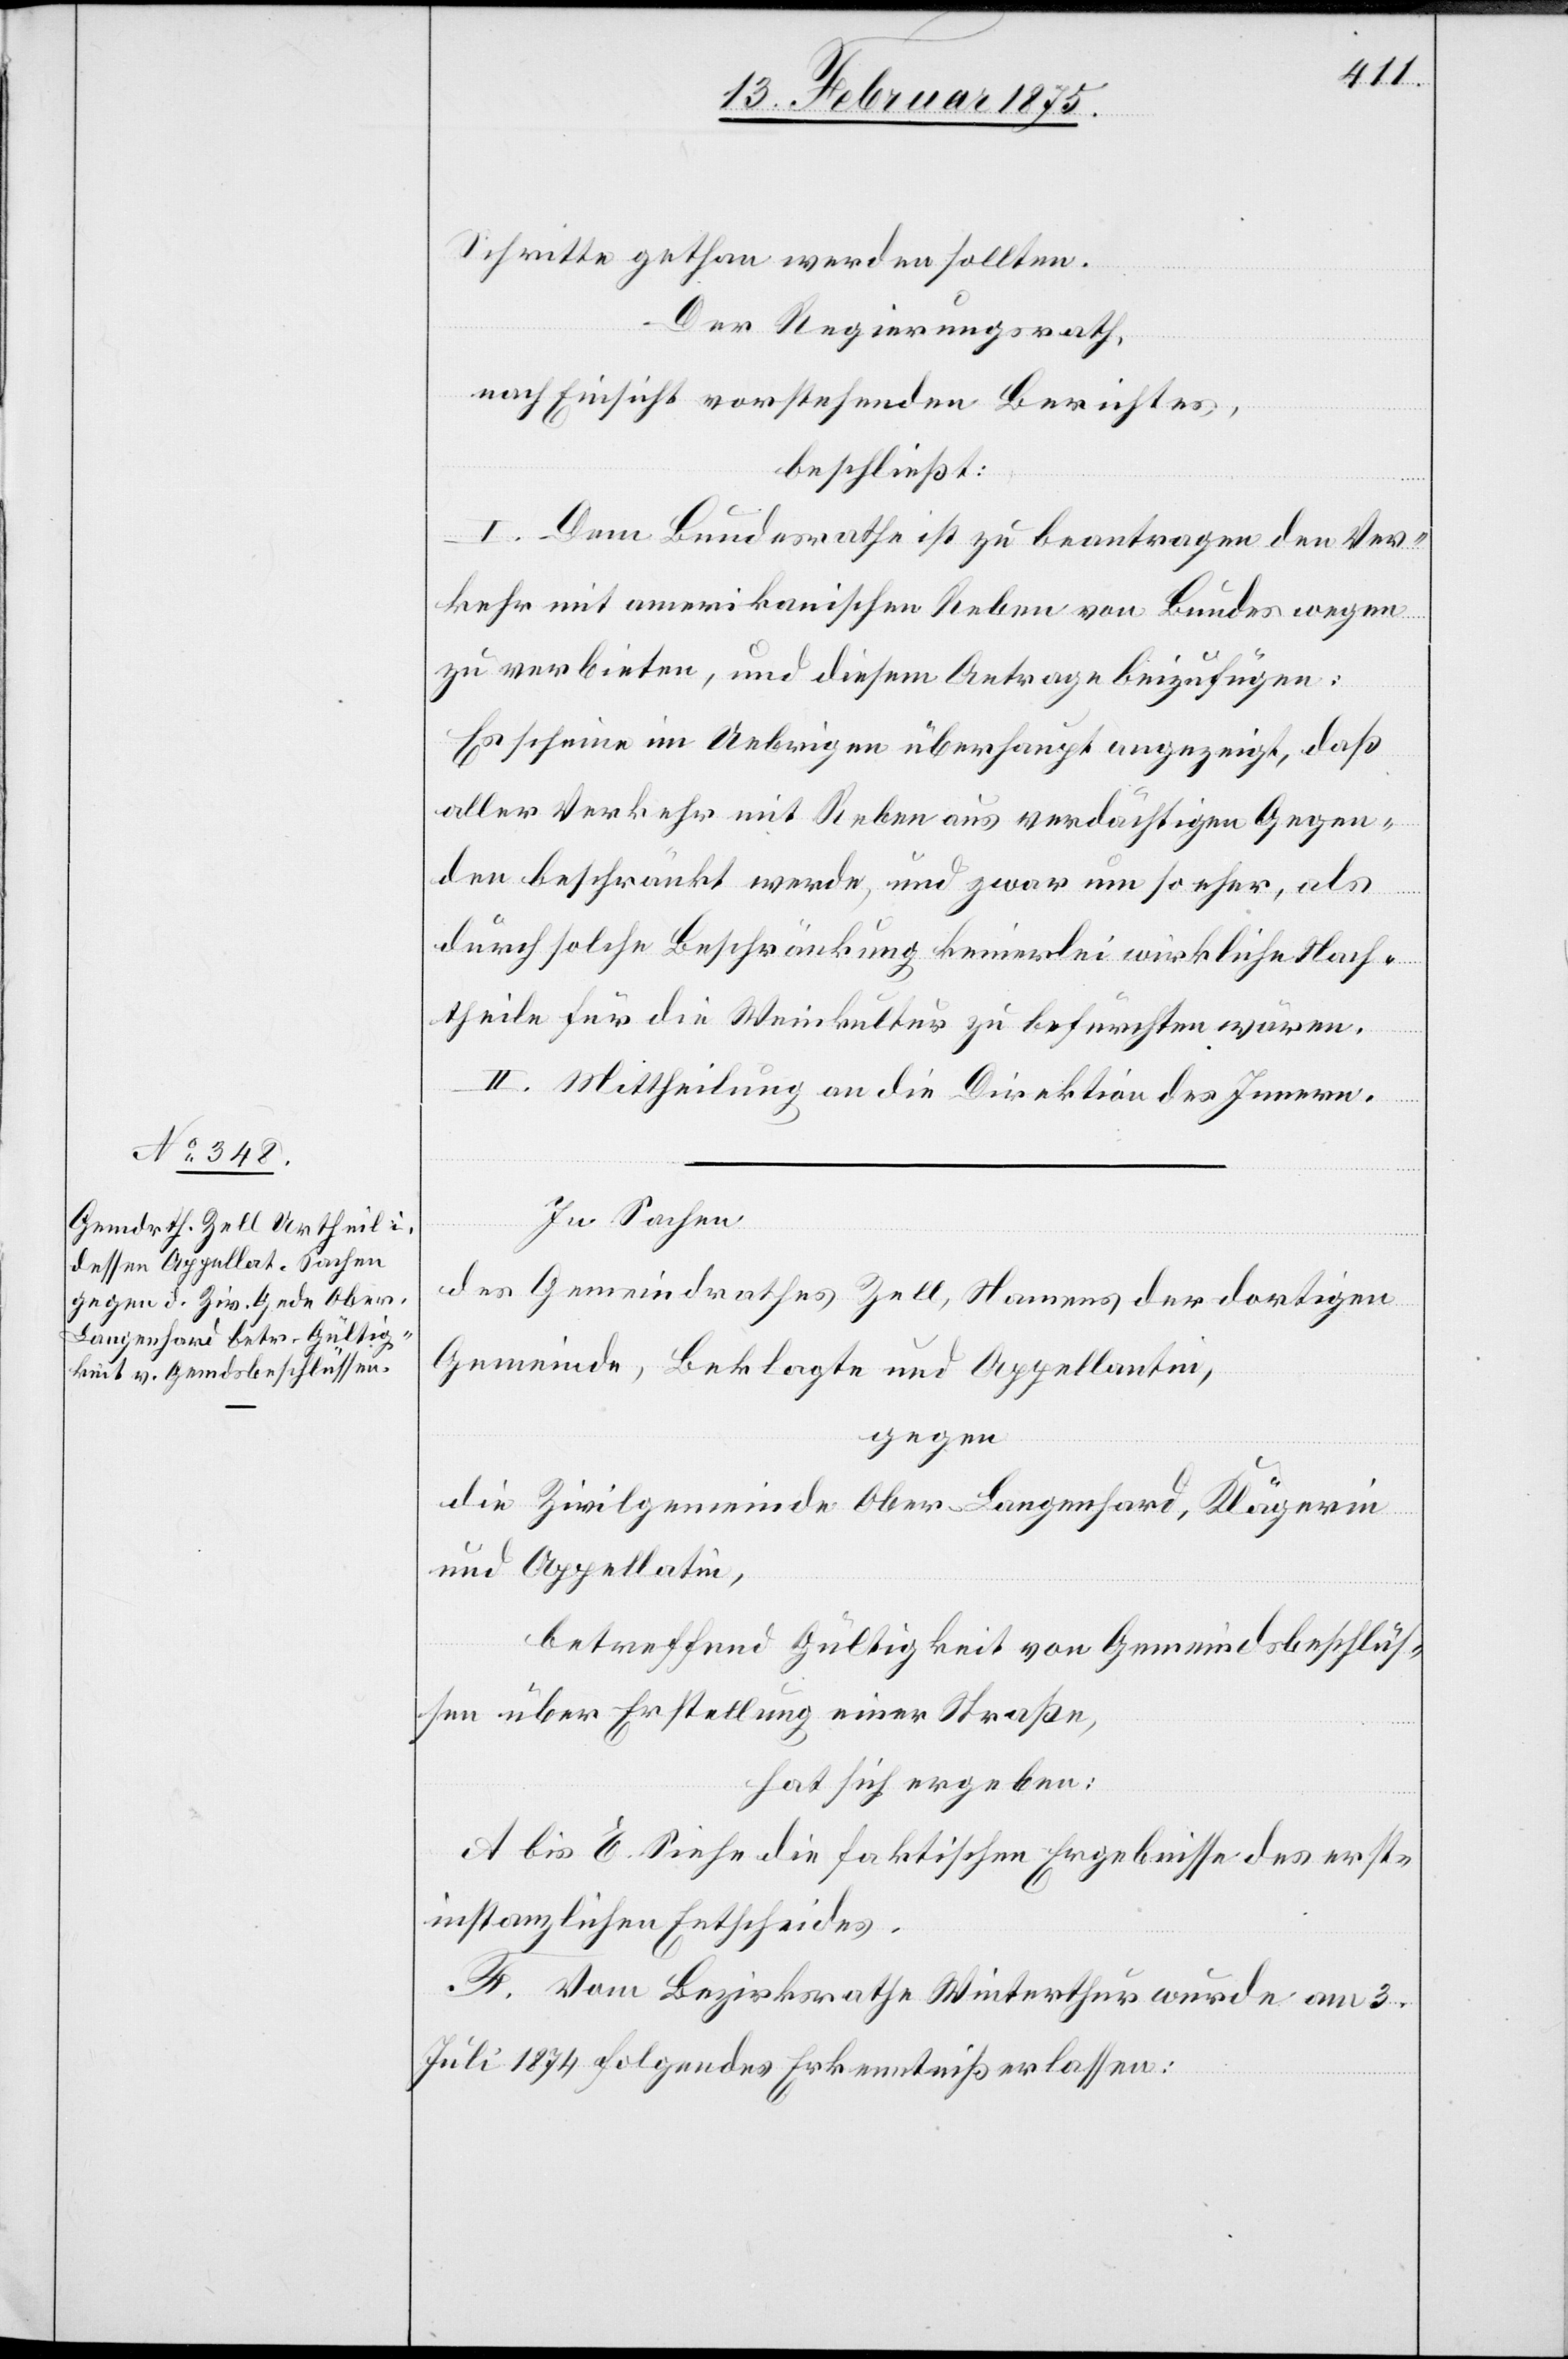
Schritte gethan werden sollten.
Der Regierungsrath,
nach Einsicht vorstehenden Berichtes,
beschließt:
I. Dem Bundesrathe ist zu beantragen den Ver¬
kehr mit amerikanischen Reben von Bundes wegen
zu verbieten, und diesem Antrage beizufügen.
Es scheine im Uebrigen überhaupt angezeigt, daß
aller Verkehr mit Reben aus verdächtigen Gegen¬
den beschränkt werde, und zwar um so eher, als
durch solche Beschränkung keinerlei wirkliche Nach¬
theile für die Weinkultur zu befürchten wären.
II. Mittheilung an die Direktion des Innern.
In Sachen
des Gemeindrathes Zell, Namens der dortigen
Gemeinde, Beklagte und Appellantin,
gegen
die Zivilgemeinde Ober-Langenhard, Klägerin
und Appellatin,
betreffend Gültigkeit von Gemeindsbeschlüs¬
sen über Erstellung einer Straße,
hat sich ergeben:
A bis E. Siehe die faktischen Ergebnisse des erst¬
instanzlichen Entscheides.
F. Vom Bezirksrathe Winterthur wurde am 3.
Juli 1874 folgendes Erkenntniß erlassen: